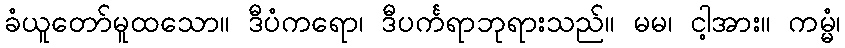
ခံယူတော်မူထသော။ ဒီပံကရော၊ ဒီပင်္ကရာဘုရားသည်။ မမ၊ ငါ့အား။ ကမ္မံ၊